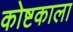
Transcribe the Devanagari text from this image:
कोष्टकाला